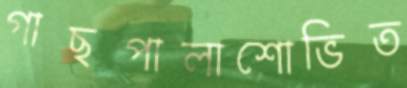
গাছপালাশোভিত